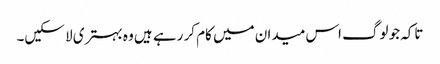
تاکہ جو لوگ اس میدان میں کام کر رہے ہیں وہ بہتری لا سکیں۔